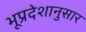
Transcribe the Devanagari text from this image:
भूप्रदेशानुसार